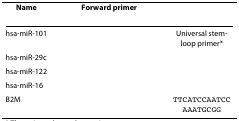
<table><thead><tr><td><b>Name</b></td><td><b>Forward primer</b></td><td>[EMPTY_CELL]</td></tr></thead><tbody><tr><td>hsa-miR-101</td><td>[EMPTY_CELL]</td><td>Universal stem-loop primer*</td></tr><tr><td>hsa-miR-29c</td><td>[EMPTY_CELL]</td><td>[EMPTY_CELL]</td></tr><tr><td>hsa-miR-122</td><td>[EMPTY_CELL]</td><td>[EMPTY_CELL]</td></tr><tr><td>hsa-miR-16</td><td>[EMPTY_CELL]</td><td>[EMPTY_CELL]</td></tr><tr><td>B2M</td><td>[EMPTY_CELL]</td><td>TTCATCCAATCCAAATGCGG</td></tr></tbody></table>